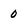
Character: 0